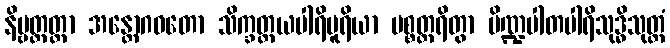
နိဗ္ဗတ္တတ္တာ အန္တောဂဓတော သိက္ခတ္တယပါရိပူရိယာ ပစ္စတ္ထရိတွာ ပိဏ္ဍပါတပါရိသုဒ္ဓိသုတ္တံ